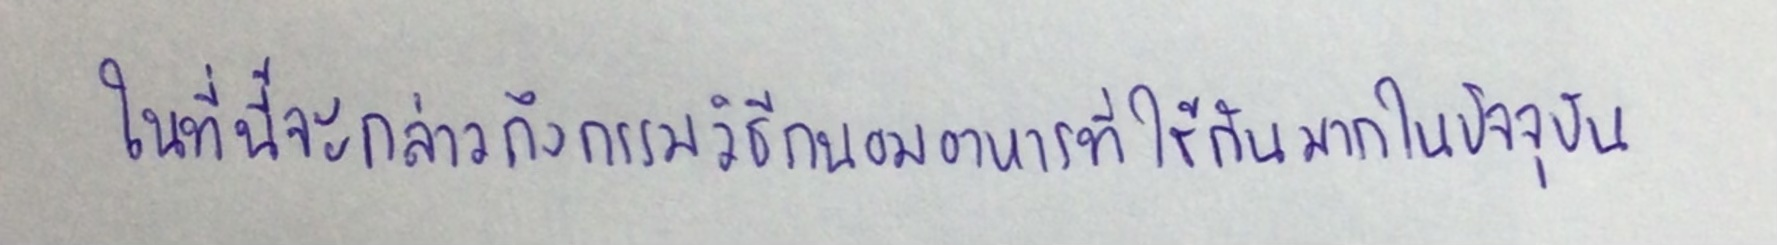
ในที่นี้จะกล่าวถึงกรรมวิธีถนอมอาหารที่ใช้กันมากในปัจจุบัน